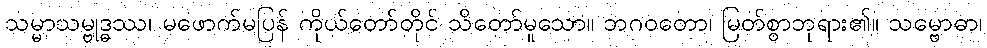
သမ္မာသမ္ဗုဒ္ဓဿ၊ မဖောက်မပြန် ကိုယ်တော်တိုင် သိတော်မူသော။ ဘဂဝတော၊ မြတ်စွာဘုရား၏။ သမ္ဗောဓာ၊